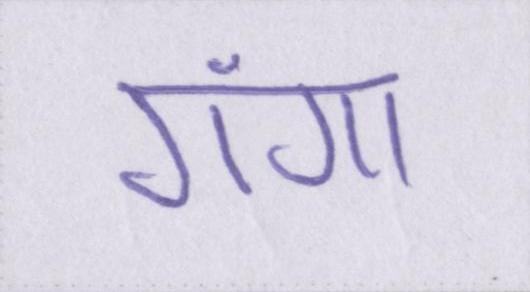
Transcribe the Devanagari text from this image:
गंगा